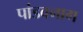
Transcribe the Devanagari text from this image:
पांडवनाग